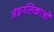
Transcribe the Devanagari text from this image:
अंडनलिकाओं